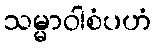
သမ္မာဝါစံပဟံ